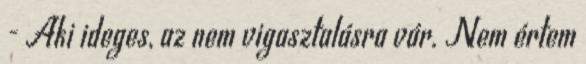
- Aki ideges, az nem vigasztalásra vár. Nem értem